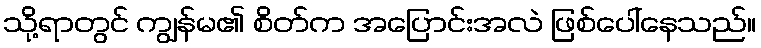
သို့ရာတွင် ကျွန်မ၏ စိတ်က အပြောင်းအလဲ ဖြစ်ပေါ်နေသည်။